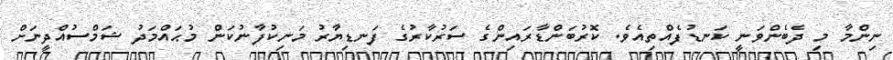
ނިންމާ މި ދެބެންވަނީ ކަނޑުފެއްތިއެވެ. ކޮރުބަންޑާރައިންގެ ސަރުކާރުގެ ފަނޑިޔާރު މަނިކުފާނުކަން މުޙައްމަދު ޝަމްސުއްދީނަށް